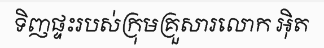
ទិញផ្ទះរបស់ក្រុមគ្រួសារលោក អ៊ិត